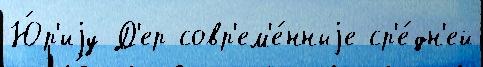
Ю́р'иjу Д'ер совр'ем'е́нныjе ср'е́дн'ей